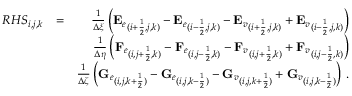
\begin{array} { r l r } { { R H S } _ { i , j , k } } & { = } & { \frac { 1 } { \Delta \xi } \left( { \mathbf { E } _ { e } } _ { ( i + \frac { 1 } { 2 } , j , k ) } - { \mathbf { E } _ { e } } _ { ( i - \frac { 1 } { 2 } , j , k ) } - { \mathbf { E } _ { v } } _ { ( i + \frac { 1 } { 2 } , j , k ) } + { \mathbf { E } _ { v } } _ { ( i - \frac { 1 } { 2 } , j , k ) } \right) } \\ & { } & { \frac { 1 } { \Delta \eta } \left( { \mathbf { F } _ { e } } _ { ( i , j + \frac { 1 } { 2 } , k ) } - { \mathbf { F } _ { e } } _ { ( i , j - \frac { 1 } { 2 } , k ) } - { \mathbf { F } _ { v } } _ { ( i , j + \frac { 1 } { 2 } , k ) } + { \mathbf { F } _ { v } } _ { ( i , j - \frac { 1 } { 2 } , k ) } \right) } \\ & { } & { \frac { 1 } { \Delta \zeta } \left( { \mathbf { G } _ { e } } _ { ( i , j , k + \frac { 1 } { 2 } ) } - { \mathbf { G } _ { e } } _ { ( i , j , k - \frac { 1 } { 2 } ) } - { \mathbf { G } _ { v } } _ { ( i , j , k + \frac { 1 } { 2 } ) } + { \mathbf { G } _ { v } } _ { ( i , j , k - \frac { 1 } { 2 } ) } \right) \, \mathrm { . } } \end{array}